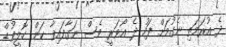
ދެ އުރަމަތި ނެގުމަށް ފަހު ދެ އޯވަރީ ވެސް ނަގާފައިވާ ކަން ހޮލީވުޑް